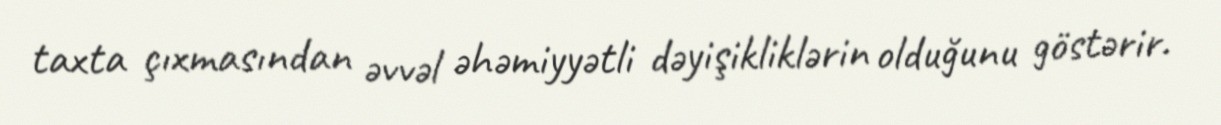
taxta çıxmasından əvvəl əhəmiyyətli dəyişikliklərin olduğunu göstərir.